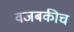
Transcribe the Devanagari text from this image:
वजबकीच